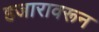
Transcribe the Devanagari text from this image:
हजारावरून